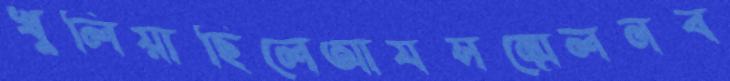
খুলিয়াছিলেআযসম্মেলনব